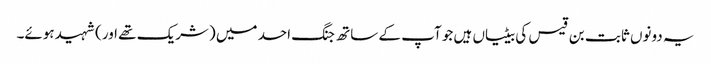
یہ دونوں ثابت بن قیس کی بیٹیاں ہیں جو آپ کے ساتھ جنگ احد میں (شریک تھے اور) شہید ہوئے۔